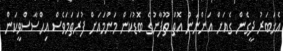
އެޚަބަރު ދީގެން ގެއަށް އަންނަން އޮތް ތޫފާނުގެ ބޮޑުކަން މަންމައަށް ފުރަތަމަވެސް އިހްސާސްވީކަން